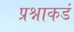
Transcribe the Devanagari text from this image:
प्रश्नाकडं